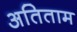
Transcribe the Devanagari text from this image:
अतिताम